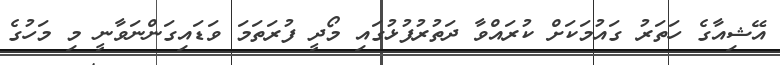
އޭޝިއާގެ ހަތަރު ގައުމަކަށް ކުރައްވާ ދަތުރުފުޅުގައި މޯދީ ފުރަތަމަ ވަޑައިގަންނަވާނީ މި މަހުގެ